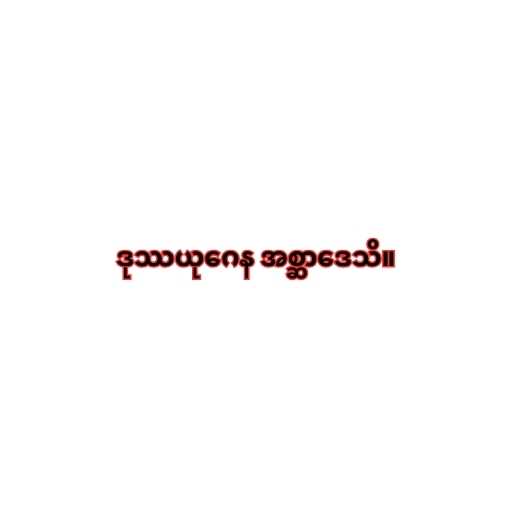
ဒုဿယုဂေန အစ္ဆာဒေသိ။